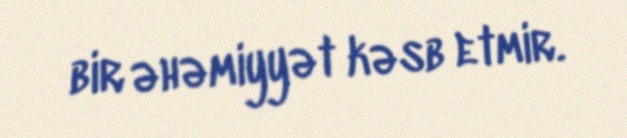
bir əhəmiyyət kəsb etmir.